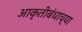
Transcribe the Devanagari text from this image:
आकृतीबंधाच्या